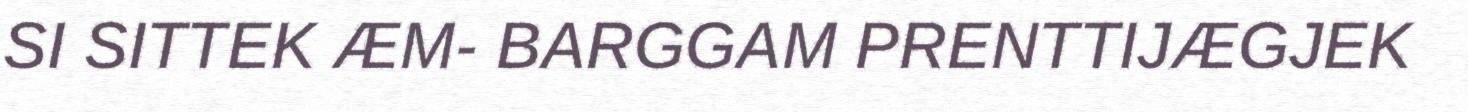
SI SITTEK ÆM- BARGGAM PRENTTIJÆGJEK